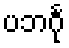
ပဘင်္ဂု